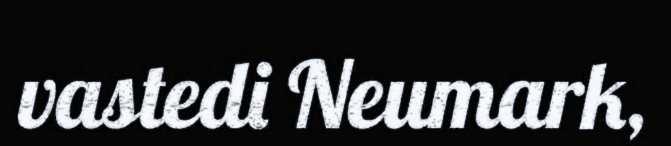
vastedi Neumark,